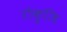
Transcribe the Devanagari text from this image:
रोकुजि